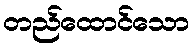
တည်ထောင်သော